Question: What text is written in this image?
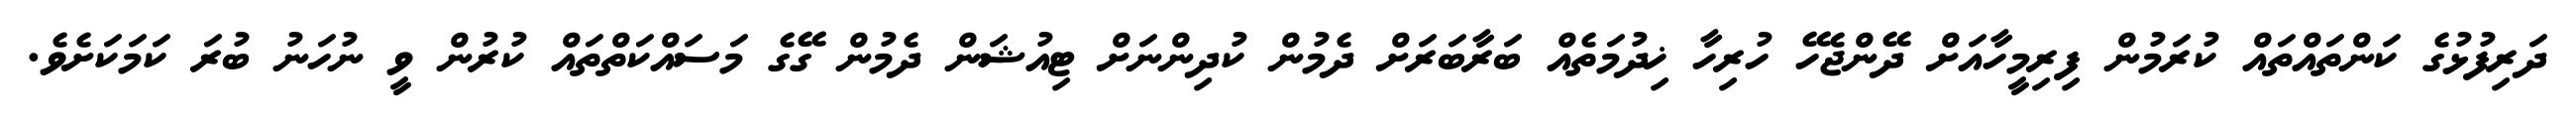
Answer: ދަރިފުޅުގެ ކަންތައްތައް ކުރަމުން ފިރިމީހާއަށް ދޭންޖެހޭ ހުރިހާ ޚިދުމަތެއް ބަރާބަރަށް ދެމުން ކުދިންނަށް ޓިއުޝަން ދެމުން ގޭގެ މަސައްކަތްތައް ކުރުން ވީ ނުހަނު ބުރަ ކަމަކަށެވެ.